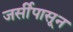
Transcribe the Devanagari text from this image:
जर्सीपासून